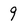
Character: 9